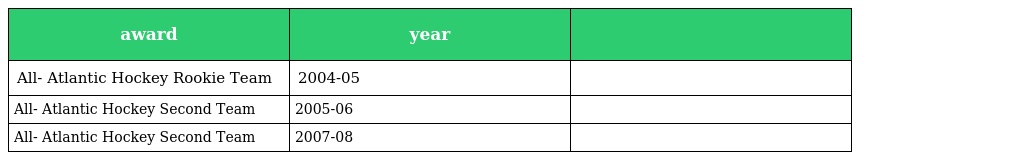
| award | year |  |
 | --- | --- | --- |
 | All- Atlantic Hockey Rookie Team | 2004-05 |  |
 | All- Atlantic Hockey Second Team | 2005-06 |  |
 | All- Atlantic Hockey Second Team | 2007-08 |  |